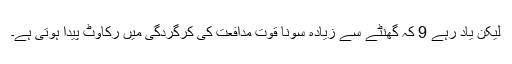
لیکن یاد رہے 9 کہ گھنٹے سے زیادہ سونا قوت مدافعت کی کرگردگی میں رکاوٹ پیدا ہوتی ہے۔